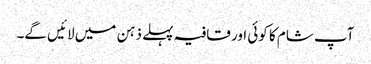
آپ شام کا کوئی اور قافیہ پہلے ذہن میں لائیں گے۔